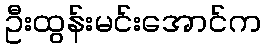
ဦးထွန်းမင်းအောင်က